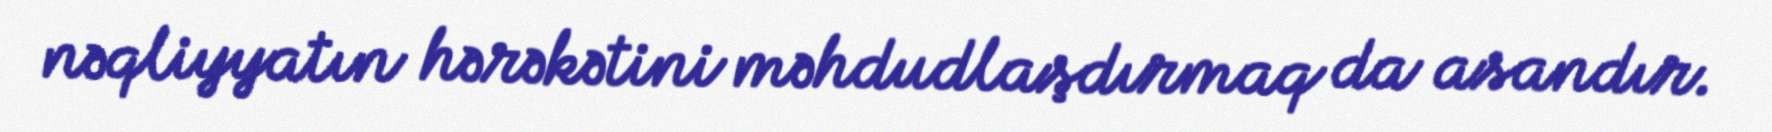
nəqliyyatın hərəkətini məhdudlaşdırmaq da asandır.